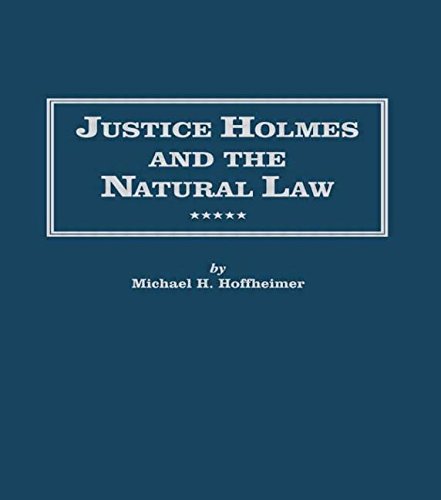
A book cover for Justice Holmes and the Natural Law: Studies in the Origins of Holmes Legal Philosophy (Distinguished Studies in American Legal and Constitutional History); Michael H. Hoffheimer; Law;